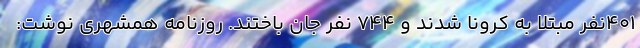
۴۰۱نفر مبتلا به کرونا شدند و ۷۴۴ نفر جان باختند. روزنامه همشهری نوشت: